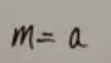
\[m = a\]